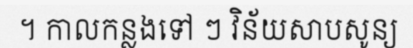
។ កាលកន្លងទៅ ៗ វិន័យសាបសូន្យ